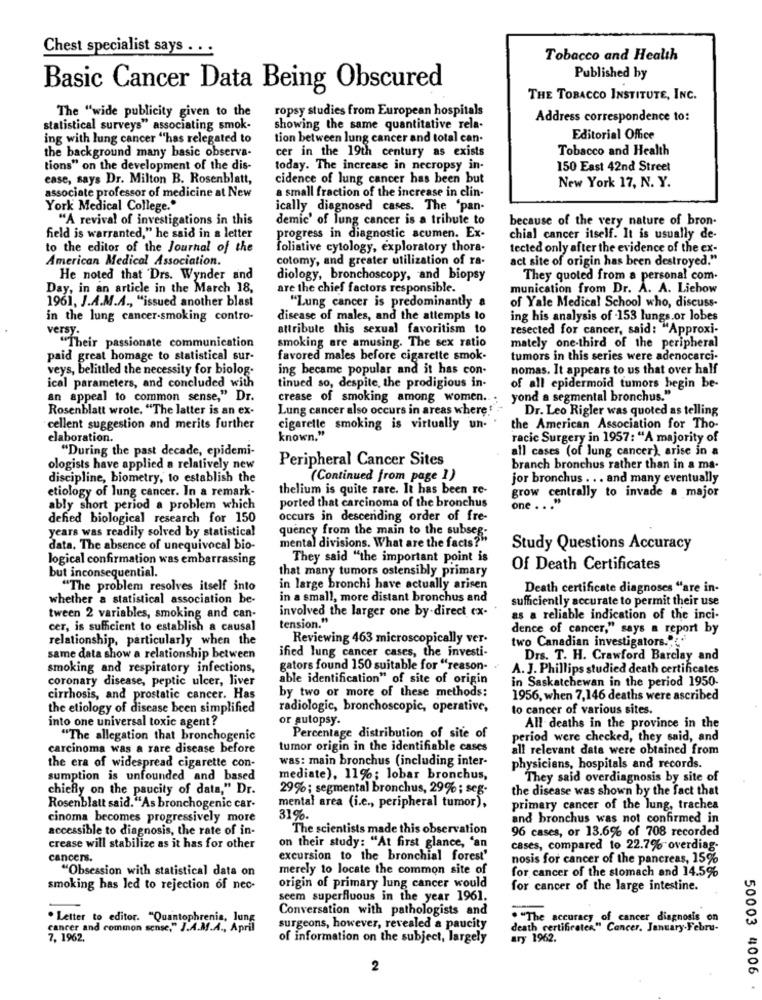
Chest specialist says . . .
Tobacco and Health
Published by
Basic Cancer Data Being Obscured
THE TOBACCO INSTITUTE, INC.
ropsy studies from European hospitals
The "wide publicity given to the
Address correspondence to:
statistical surveys" associating smok-
showing the same quantitative rela-
ing with lung cancer "has relegated to
tion between lung cancer and total can-
Editorial Office
the background many basic observa-
Tobacco and Health
cer in the 19th century as exists
tions" on the development of the dis-
today. The increase in necropsy in-
150 East 42nd Street
ease, says Dr. Milton B. Rosenblatt,
cidence of lung cancer has been but
a small fraction of the increase in clin-
New York 17, N. Y.
associate professor of medicine at New
York Medical College."
ically diagnosed cases. The 'pan-
"A revival of investigations in this
demic' of lung cancer is a tribute to
because of the very nature of bron-
field is warranted," he said in a letter
progress in diagnostic acumen. Ex-
chial cancer itself. It is usually de-
to the editor of the Journal of the
foliative cytology, exploratory thora-
tected only after the evidence of the ex-
American Medical Association.
cotomy, and greater utilization of ra-
act site of origin has been destroyed."
He noted that Drs. Wynder and
diology, bronchoscopy, and biopsy
They quoted from a personal com.
Day, in an article in the March 18,
are the chief factors responsible.
munication from Dr. A. A. Liehow
1961, J.A.M.A ., "issued another blast
of Yale Medical School who, discuss-
"Lung cancer is predominantly a
in the lung cancer-smoking contro-
disease of males, and the attempts to
ing his analysis of -153 lungs.or lobes
attribute this sexual favoritism to
resected for cancer, said: "Approxi-
versy-
smoking are amusing. The sex ratio
"Their passionate communication
mately one-third of the peripheral
paid great homage to statistical sur-
favored males before cigarette smok-
tumors in this series were adenocarci-
veys, belittled the necessity for biolog-
ing became popular and it has con-
nomas. It appears to us that over half
ical parameters, and concluded with
tinued so, despite, the prodigious in-
of all epidermoid tumors begin be-
an appeal to common sense," Dr.
crease of smoking among women ...
yond a segmental bronchus."
Rosenblatt wrote. "The latter is an ex-
Lung cancer also occurs in areas where!'-
Dr. Leo Rigler was quoted as telling
cellent suggestion and merits further
cigarette smoking is virtually un-
the American Association for Tho-
elaboration.
known."
racic Surgery in 1957: "A majority of
"During the past decade, epidemi-
all cases (of lung cancer), arise in a
Peripheral Cancer Sites
ologists have applied a relatively new
branch bronchus rather than in a ma-
discipline, biometry, to establish the
(Continued from page 1)
jor bronchus ... and many eventually
etiology of lung cancer. In a remark-
thelium is quite rare. It has been re-
ported that carcinoma of the bronchus
grow centrally to invade a major
ably short period a problem which
one
defied biological research for 150
occurs in descending order of fre-
years was readily solved by statistical
quency from the main to the subseg-
mental divisions. What are the facts?"
data. The absence of unequivocal bio-
Study Questions Accuracy
logical confirmation was embarrassing
They said "the important point is
that many tumors ostensibly primary
Of Death Certificates
but inconsequential.
"The problem resolves itself into
in large bronchi have actually arisen
Death certificate diagnoses "are in-
whether a statistical association be-
in a small, more distant bronchus and
sufficiently accurate to permit their use
involved the larger one by-direct ex-
tween 2 variables, smoking and can-
tension."
as a reliable indication of the inci-
cer, is sufficient to establish a causal
dence of cancer," says a report by
relationship, particularly when the
Reviewing 463 microscopically ver-
two Canadian investigators."
same data show a relationship between
ified lung cancer cases, the investi-
Drs. T. H. Crawford Barclay and
smoking and respiratory infections,
gators found 150 suitable for "reason-
A. J. Phillips studied death certificates
coronary disease, peptic ulcer, liver
able identification" of site of origin
in Saskatchewan in the period 1950-
by two or more of these methods:
cirrhosis, and prostatic cancer. Has
1956, when 7,146 deaths were ascribed
the etiology of disease been simplified
radiologic, bronchoscopic, operative,
to cancer of various sites.
into one universal toxic agent?
or autopsy.
All deaths in the province in the
"The allegation that bronchogenic
Percentage distribution of site of
period were checked, they said, and
carcinoma was a rare disease before
tumor origin in the identifiable cases
all relevant data were obtained from
was: main bronchus (including inter-
the era of widespread cigarette con-
physicians, hospitals and records.
sumption is unfounded and based
mediate), 11%; lobar bronchus,
They said overdiagnosis by site of
chiefly on the paucity of data," Dr.
29%; segmental bronchus, 29% ; seg-
the disease was shown by the fact that
Rosenblatt said. "As bronchogenic car-
mental area (i.e ., peripheral tumor),
primary cancer of the lung, trachea
cinoma becomes progressively more
31% .
and bronchus was not confirmed in
accessible to diagnosis, the rate of in-
The scientists made this observation
96 cases, or 13.6% of 708 recorded
crease will stabilize as it has for other
on their study: "At first glance, 'an
cases, compared to 22.7% overdiag-
cancers.
excursion to the bronchial forest'
nosis for cancer of the pancreas, 15%
"Obsession with statistical data on
merely to locate the common site of
for cancer of the stomach and 14.5%
smoking has led to rejection of nec-
origin of primary lung cancer would
for cancer of the large intestine.
seem superfluous in the year 1961.
Conversation with pathologists and
. Letter to editor. "Quantophrenis, lung
. "The accuracy of c
y.of cancer diagnosis on
cancer and common sense," J.A.M.A ., April
surgeons, however, revealed a paucity
death certificater." Cancer. January.Febru-
7, 1962.
of information on the subject, largely
ary 1962.
2
50003 4006 .